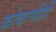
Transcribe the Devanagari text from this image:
कोकणीही